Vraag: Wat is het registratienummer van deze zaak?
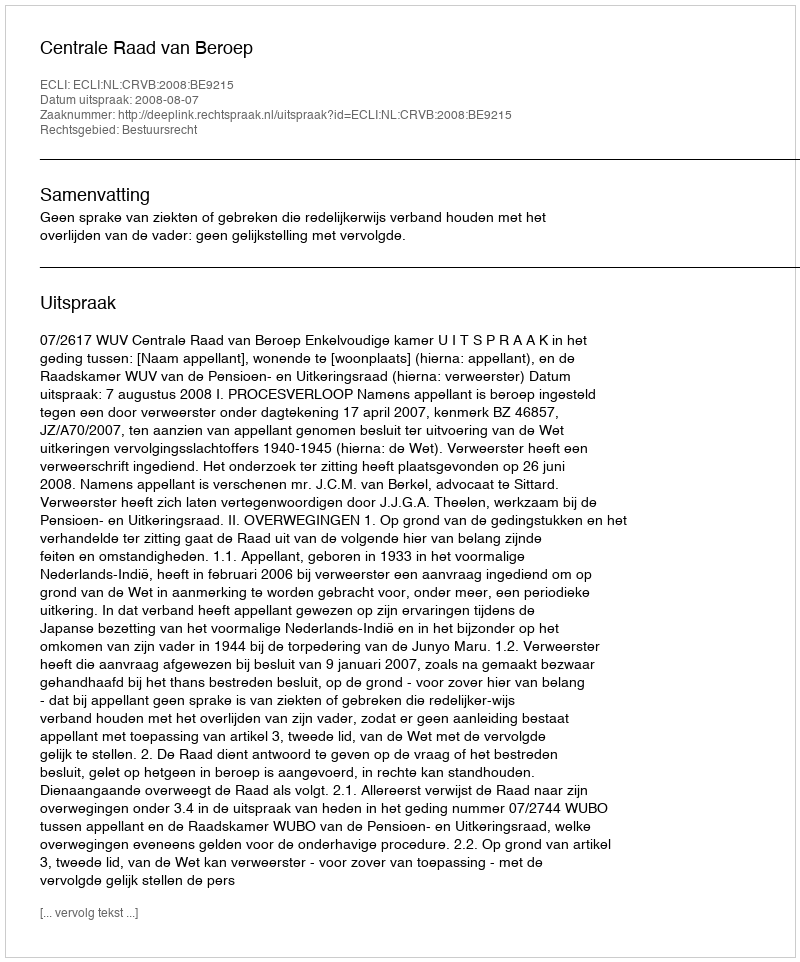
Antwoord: http://deeplink.rechtspraak.nl/uitspraak?id=ECLI:NL:CRVB:2008:BE9215